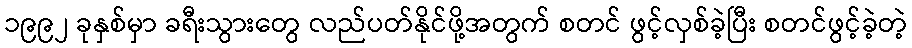
၁၉၉၂ ခုနှစ်မှာ ခရီးသွားတွေ လည်ပတ်နိုင်ဖို့အတွက် စတင် ဖွင့်လှစ်ခဲ့ပြီး စတင်ဖွင့်ခဲ့တဲ့